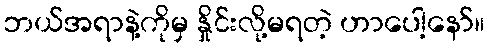
ဘယ်အရာနဲ့ကိုမှ နှိုင်းလို့မရတဲ့ ဟာပေါ့နော်။